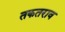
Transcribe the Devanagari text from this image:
तकतराव